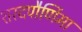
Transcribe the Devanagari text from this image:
शरदपौर्णिमा